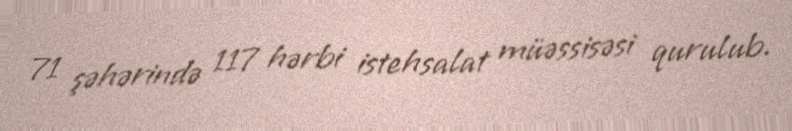
71 şəhərində 117 hərbi istehsalat müəssisəsi qurulub.